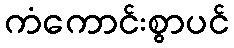
ကံကောင်းစွာပင်